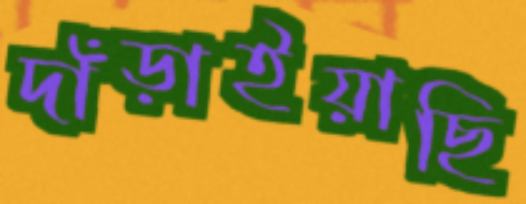
দাঁড়াইয়াছি